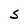
Character: S